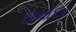
દામોદર